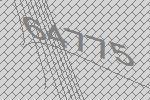
64775